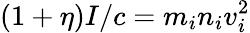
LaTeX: (1+\eta)I/c=m_{i}n_{i}v_{i}^{2}